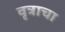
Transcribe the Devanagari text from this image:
वृत्राचा